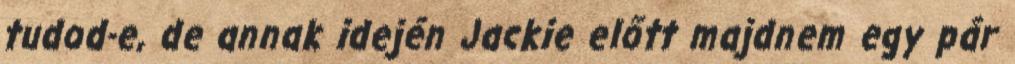
tudod-e, de annak idején Jackie előtt majdnem egy pár